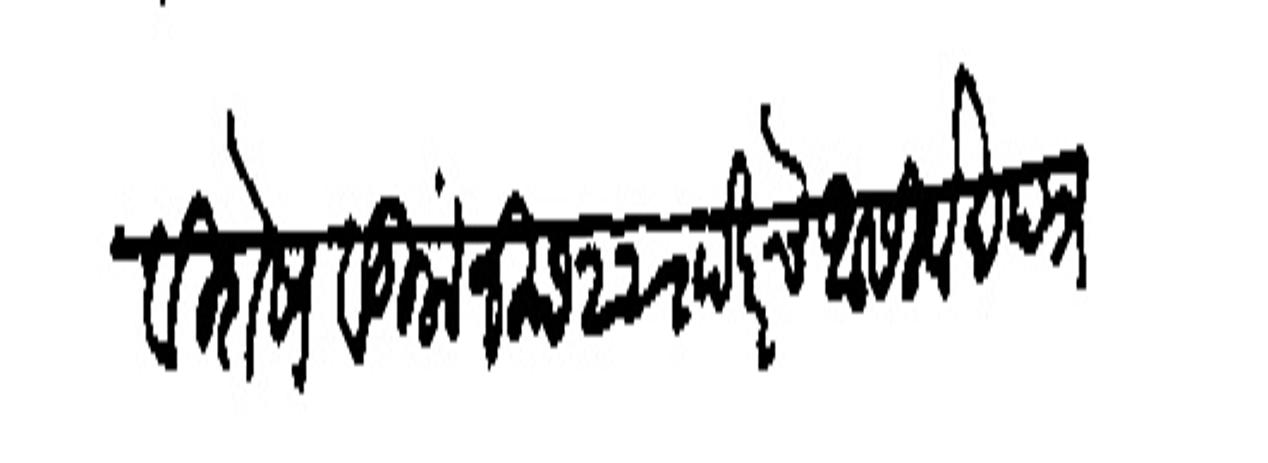
Transliteration (Devanagari): विशेष वडिलांनी छ २२ रााखरचे आसिर्वाद पत्र